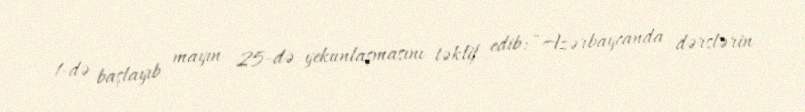
1-də başlayıb mayın 25-də yekunlaşmasını təklif edib: “Azərbaycanda dərslərin